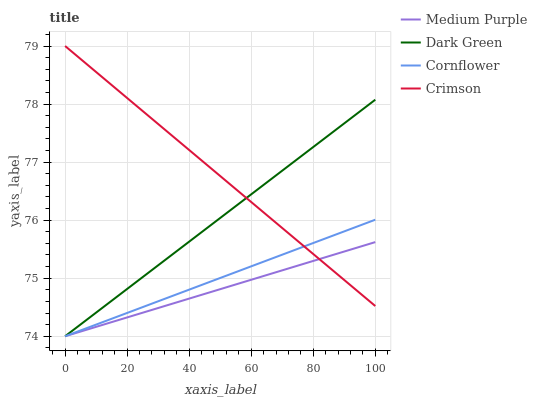
| xaxis_label | Medium Purple | Dark Green | Cornflower | Crimson |
 | --- | --- | --- | --- | --- |
 | 0 | 74 | 74 | 74 | 79 |
 | 5.56 | 74.1 | 74.2 | 74.1 | 78.8 |
 | 11.1 | 74.2 | 74.5 | 74.2 | 78.5 |
 | 16.7 | 74.3 | 74.7 | 74.3 | 78.3 |
 | 22.2 | 74.4 | 74.9 | 74.4 | 78 |
 | 27.8 | 74.5 | 75.1 | 74.6 | 77.8 |
 | 33.3 | 74.5 | 75.4 | 74.7 | 77.5 |
 | 38.9 | 74.6 | 75.6 | 74.8 | 77.3 |
 | 44.4 | 74.7 | 75.8 | 74.9 | 77 |
 | 50 | 74.8 | 76 | 75 | 76.8 |
 | 55.6 | 74.9 | 76.3 | 75.1 | 76.5 |
 | 61.1 | 75 | 76.5 | 75.2 | 76.3 |
 | 66.7 | 75.1 | 76.7 | 75.3 | 76 |
 | 72.2 | 75.2 | 76.9 | 75.4 | 75.8 |
 | 77.8 | 75.3 | 77.2 | 75.6 | 75.5 |
 | 83.3 | 75.4 | 77.4 | 75.7 | 75.3 |
 | 88.9 | 75.4 | 77.6 | 75.8 | 75 |
 | 94.4 | 75.5 | 77.8 | 75.9 | 74.8 |
 | 100 | 75.6 | 78.1 | 76 | 74.5 |